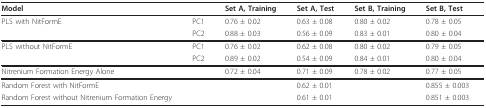
| Model |  | Set A, Training | Set A, Test | Set B, Training | Set B, Test |
 | --- | --- | --- | --- | --- | --- |
 | PLS with NitFormE | PC1 | 0.76 ± 0.02 | 0.63 ± 0.08 | 0.80 ± 0.02 | 0.78 ± 0.05 |
 |  | PC2 | 0.88 ± 0.03 | 0.56 ± 0.09 | 0.83 ± 0.01 | 0.80 ± 0.04 |
 | PLS without NitFormE | PC1 | 0.76 ± 0.02 | 0.62 ± 0.08 | 0.80 ± 0.02 | 0.79 ± 0.05 |
 |  | PC2 | 0.89 ± 0.02 | 0.54 ± 0.09 | 0.84 ± 0.01 | 0.80 ± 0.04 |
 | Nitrenium Formation Energy Alone |  | 0.72 ± 0.04 | 0.71 ± 0.09 | 0.78 ± 0.02 | 0.77 ± 0.05 |
 | Random Forest with NitFormE |  |  | 0.62 ± 0.01 |  | 0.855 ± 0.003 |
 | Random Forest without Nitrenium Formation Energy |  |  | 0.61 ± 0.01 |  | 0.851 ± 0.003 |